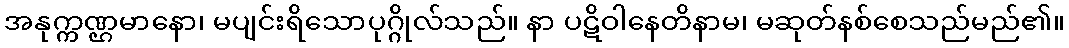
အနုက္ကဏ္ဌမာနော၊ မပျင်းရိသောပုဂ္ဂိုလ်သည်။ နာ ပဋိဝါနေတိနာမ၊ မဆုတ်နစ်စေသည်မည်၏။